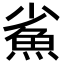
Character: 𩵮